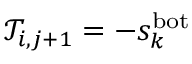
\mathcal { T } _ { i , j + 1 } = - s _ { k } ^ { \mathrm { b o t } }